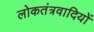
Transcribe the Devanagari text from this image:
लोकतंत्रवादियों